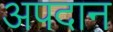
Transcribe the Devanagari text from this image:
अपदान